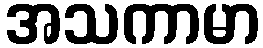
အသကာမာ